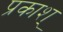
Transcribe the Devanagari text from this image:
प्रकाश्